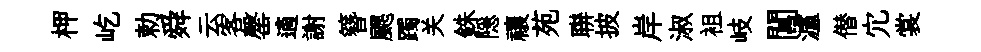
柙屹勅舜云客罄適謝簪颸躅关銖隠禳苑聨披岸淑袓岐閶瀘僣宂裳